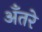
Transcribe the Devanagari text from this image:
अँतरे